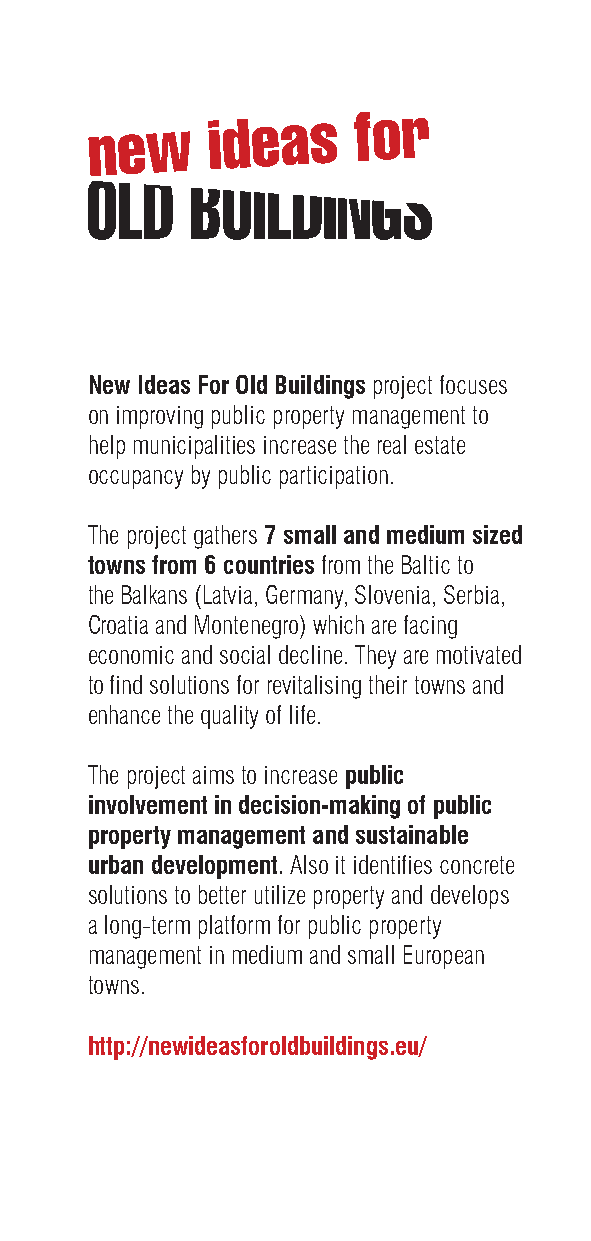
New Ideas For Old Buildings project focuses
 on improving public property management to
 help municipalities increase the real estate
 occupancy by public participation.
 The project gathers 7 small and medium sized
 towns from 6 countries from the Baltic to
 the Balkans (Latvia, Germany, Slovenia, Serbia,
 Croatia and Montenegro) which are facing
 economic and social decline. They are motivated
 to find solutions for revitalising their towns and
 enhance the quality of life.
 The project aims to increase public
 involvement in decision-making of public
 property management and sustainable
 urban development. Also it identifies concrete
 solutions to better utilize property and develops
 a long-term platform for public property
 management in medium and small European
 towns.
 http://newideasforoldbuildings.eu/